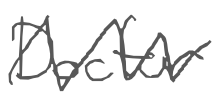
Text: Doctor
Cross-out: zig-zag
Writing tool: digital_gray